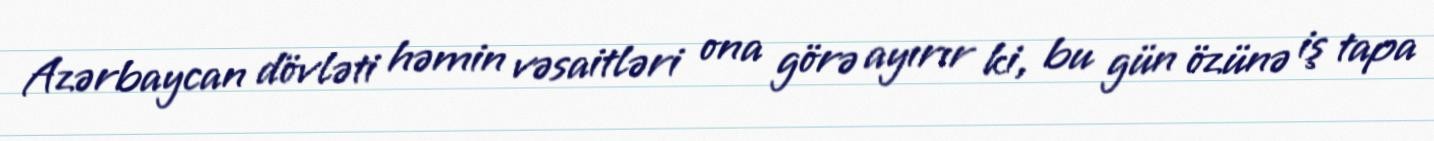
Azərbaycan dövləti həmin vəsaitləri ona görə ayırır ki, bu gün özünə iş tapa